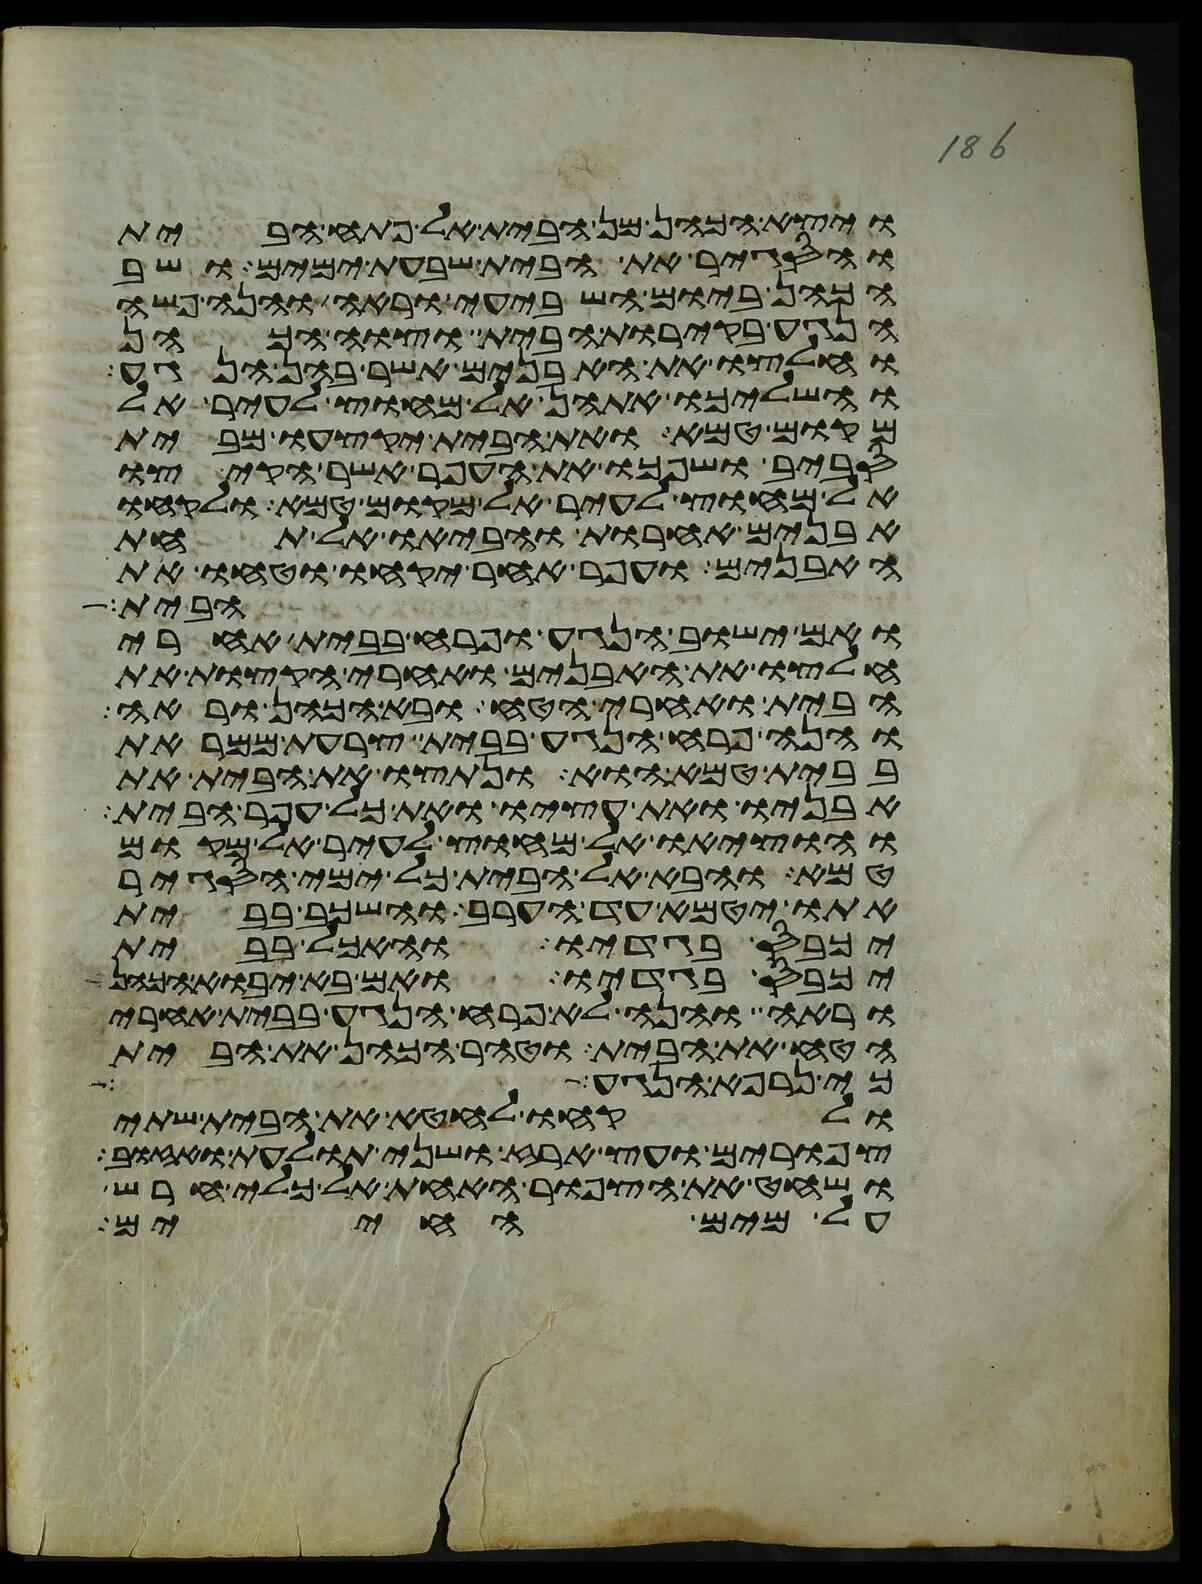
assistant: ויצא הכהן מן הבית אל פתח הבית
והסגיר את הבית שבעת ימים ושב
הכהן ביום השביעי וראה והנה פשה
הנגע בקירות הבית וצוה הכהן
וחלצו את האבנים אשר בהן הנגע
והשליכו אתהן אל מחוץ לעיר אל
מקום טמא ואת הבית יקצעו מבית
סביב ושפכו את העפר אשר הקיצו
אל מחוץ לעיר אל מקום טמא ולקחו
אבנים אחרות והביאו אל תחת
האבנים ועפר אחר יקחו וטחו את
הבית
ואם ישוב הנגע ופרח בבית אחרי
חלצו את האבנים ואחרי הקצות את
הבית ואחרי הטח ובא הכהן וראה
והנה פרח הנגע בבית צרעת ממראת
בבית טמא הוא ונתצו את הבית את
אבניו ואת עציו ואת כל עפר הבית
והוציאו אל מחוץ לעיר אל מקום
טמא והבא אל הבית כל ימי הסגיר
אתו יטמא עד הערב והשכב בבית
יכבס בגדיו והאכל בבית
יכבס בגדיו ואם בא יבוא הכהן
וראה והנה לא פרח הנגע בבית אחרי
הטח את הבית וטהר הכהן את הבית
כי נרפא הנגע
ולקחו לחטא את הבית שתי
צפורים ועץ ארז ושני תולעת ואזוב
ושחט את הצפור האחת אל כלי חרש
על מים החיים